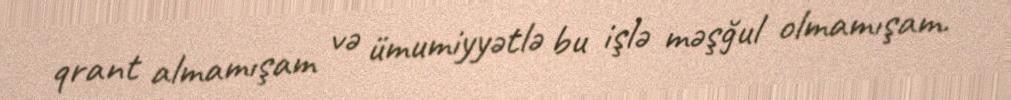
qrant almamışam və ümumiyyətlə bu işlə məşğul olmamışam.